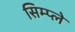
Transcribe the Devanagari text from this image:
सिम्प्ले